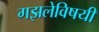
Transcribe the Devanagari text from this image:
गझलेविषयी